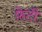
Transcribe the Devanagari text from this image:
फ़ेटी